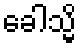
ခေါသ္မိ